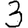
Digit: 3